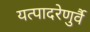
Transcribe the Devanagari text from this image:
यत्पादरेणुर्वै